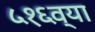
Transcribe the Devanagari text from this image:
५१६व्या